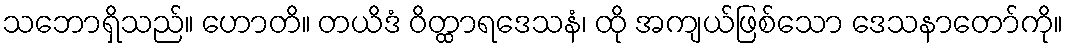
သဘောရှိသည်။ ဟောတိ။ တယိဒံ ဝိတ္ထာရဒေသနံ၊ ထို အကျယ်ဖြစ်သော ဒေသနာတော်ကို။